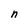
Character: n